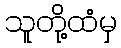
သူတို့ထံမှ